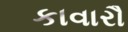
કાવારૌ